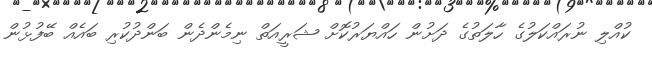
ކުއްލި ނުރައްކަލުގެ ހާލަތުގެ ދަށުން ހައްޔަރުކޮށް ޝަރީއަތް ނިމެންދެން ބަންދުކުރި ބައެއް ބޭފުޅުން